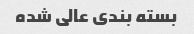
بسته بندی عالی شده